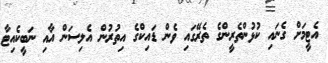
އެޓީމަށް ގެނައި ކުޅުންތެރީންގެ ތެރޭގައި ވެން ޑައިކްގެ އިތުރުން އެލިސަން އާއި ނަބީކެއިޓާ